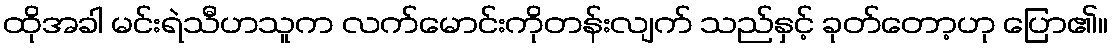
ထိုအခါ မင်းရဲသီဟသူက လက်မောင်းကိုတန်းလျက် သည်နှင့် ခုတ်တော့ဟု ပြော၏။